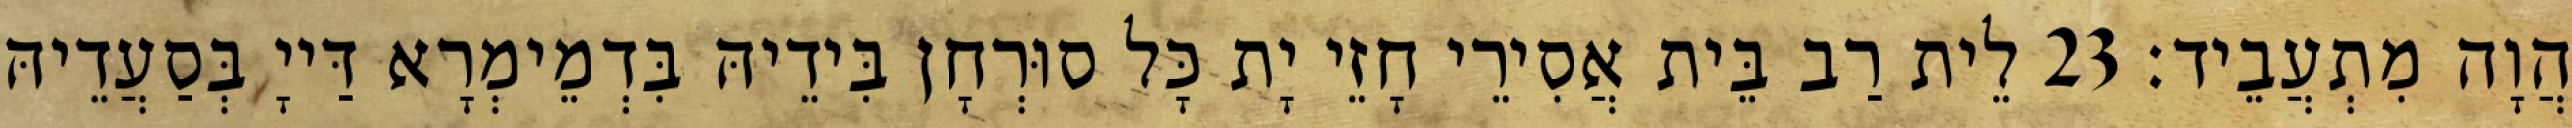
הֲוָה מִתְעֲבֵיד׃ 23 לֵית רַב בֵּית אֲסִירֵי חָזֵי יָת כָּל סוּרְחָן בִּידֵיהּ בִּדְמֵימְרָא דַּייָ בְּסַעֲדֵיהּ